Juuru_vallavalitsus, lk 10
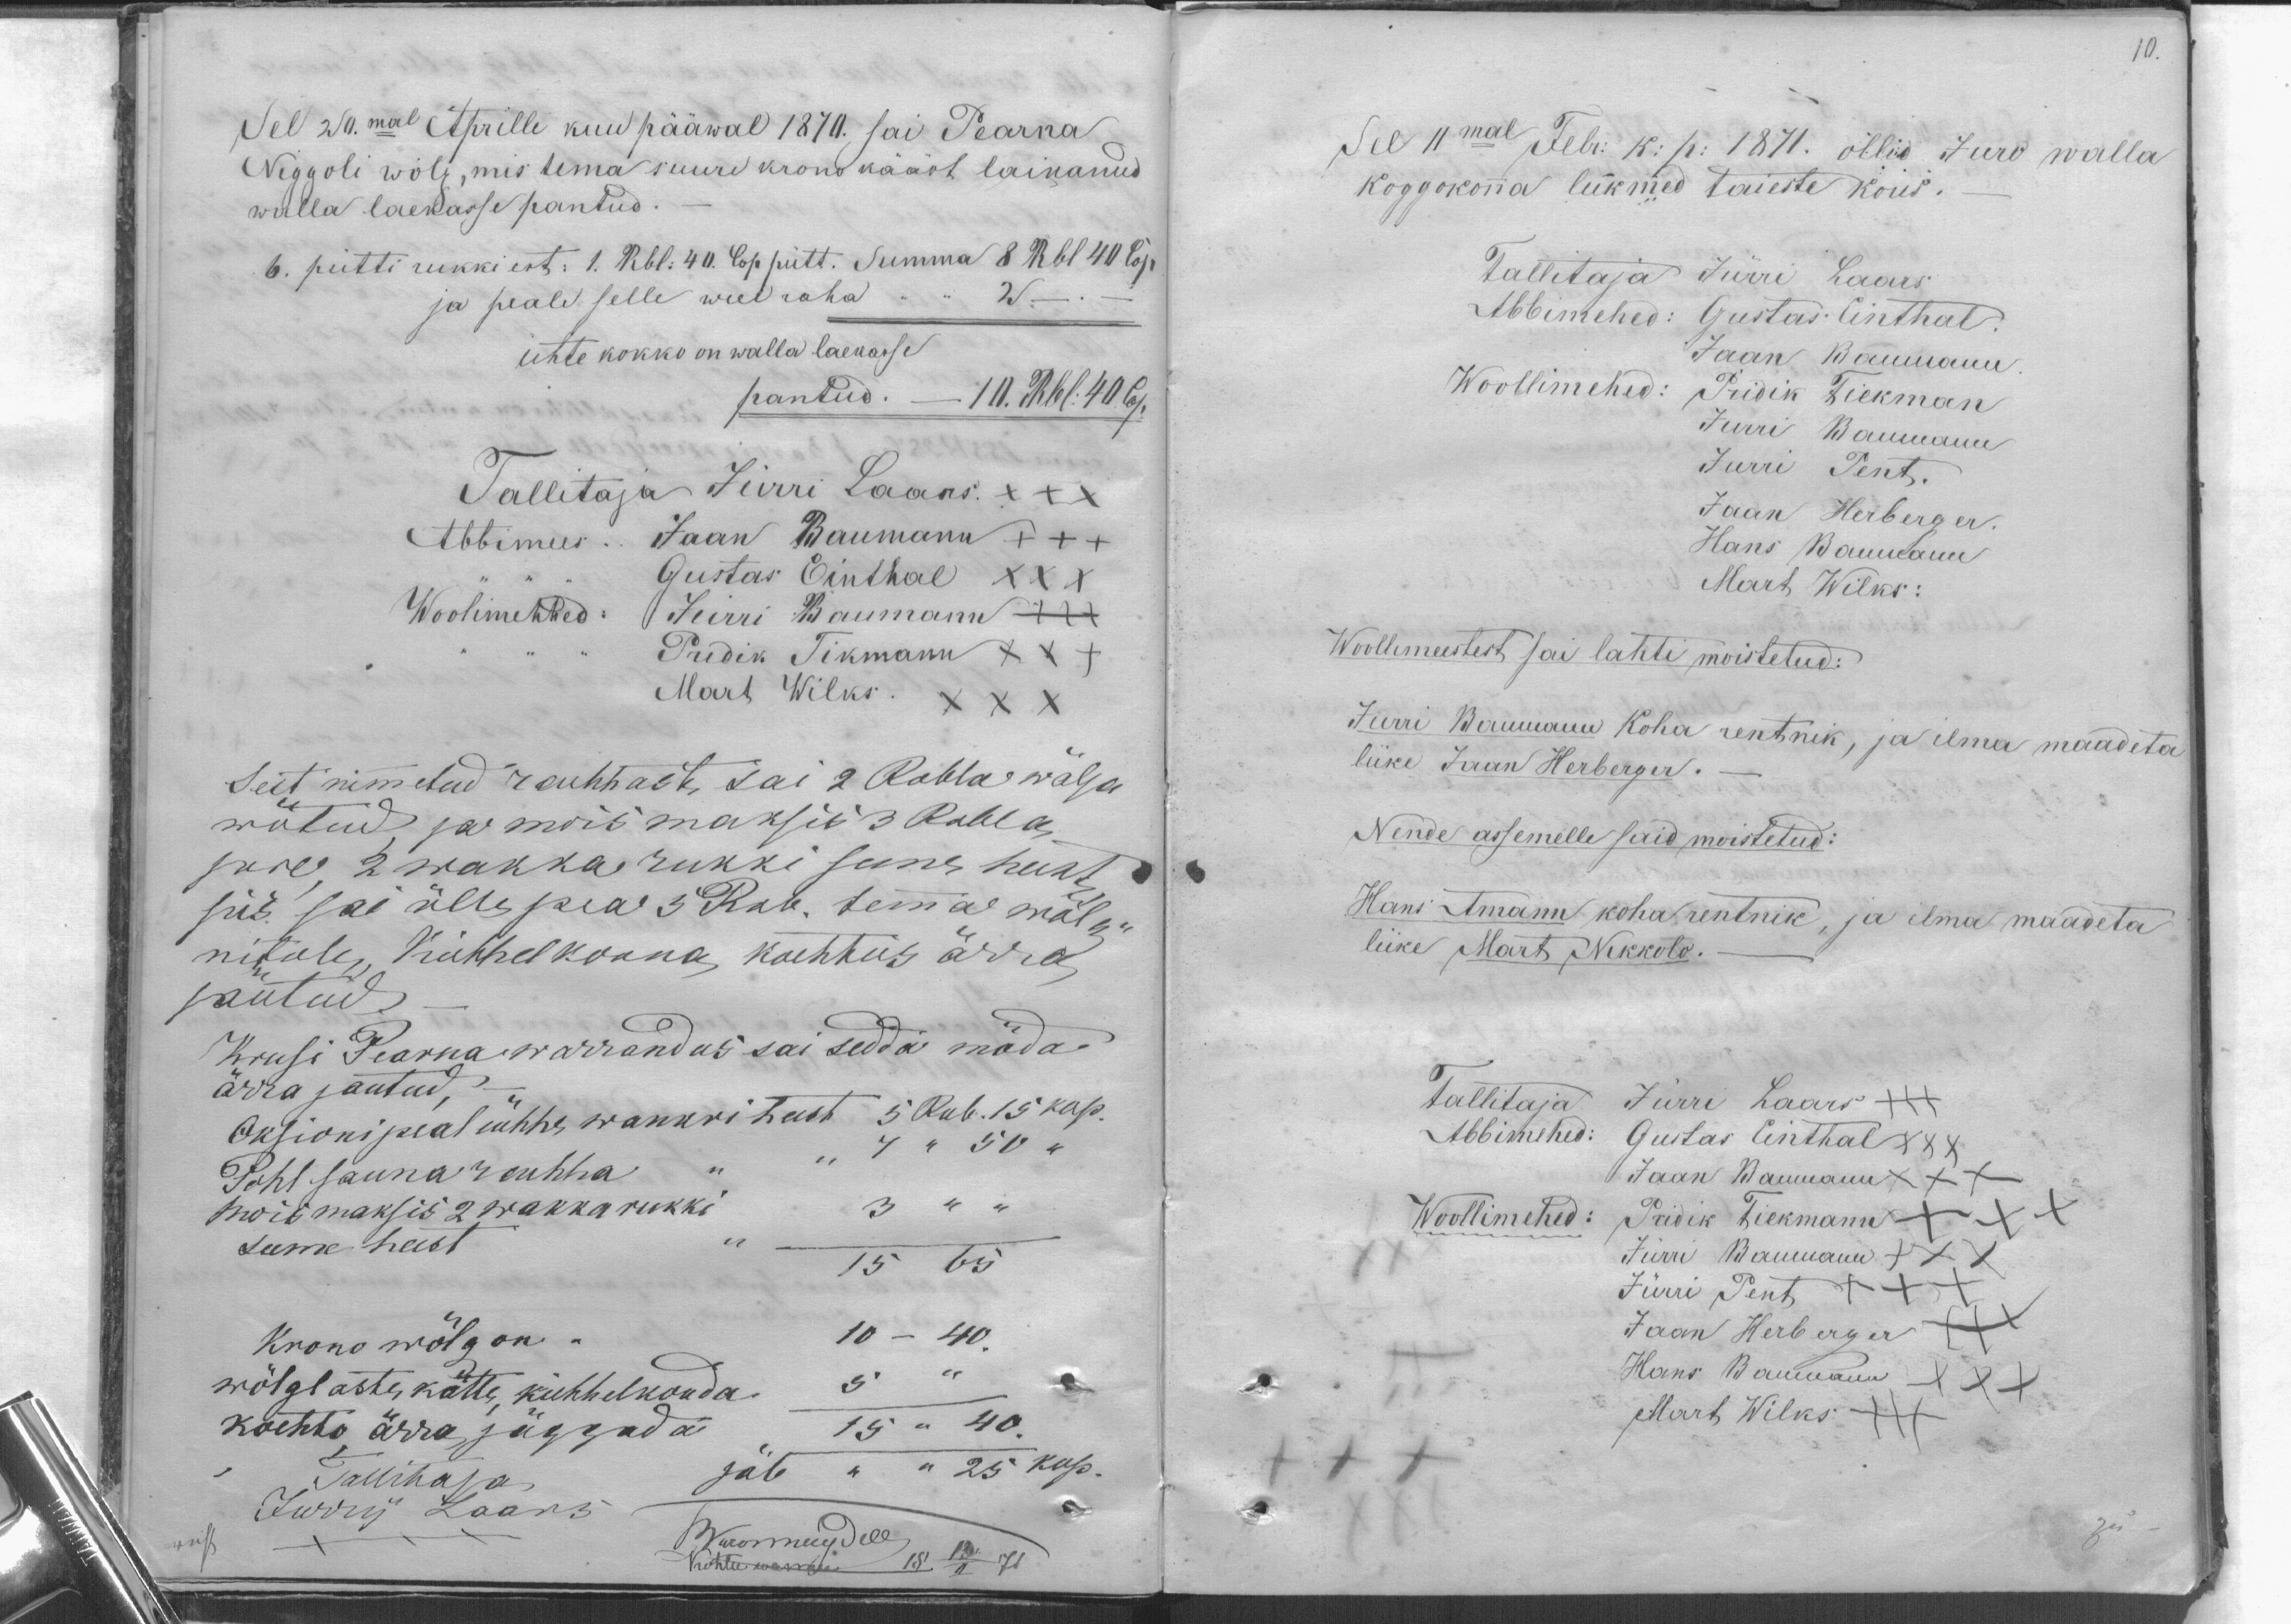
Sel 20.mal Aprilli kuu pääwal 1870, sai Pearna
Niggoli wõlg, mis tema suure krono kääst lainanud
walla laekasse pantud.-
6. pütti rukki est: 1. Rbl. 40. Cop pütt. Summa 8 Rbl 40 Cop.
ja peale selle weel raha. " " W - . -
ühte kokko on walla laekasse
pantud. - 10. Rbl: 40 Cop.
Tallitaja Jürri Laars XXX
Abbimees. Jaan Baumann +++
Gustas Einthal XXX
Woolimehhed: Jürri Baunann XXX
Pridik Tikmann X X X
Mart Wilks. X X X
Sest nimetud rahhast, sai 2 Rubla wälja
wõtud ja mois maksis 3 Rubla
jure, 2 wakka rukki seme heest
siis sai ülle pea 3 Rub. temma wõlg-
nikule, Kihhelkonna kohtus ärra
jäutud.-
Krusi Pearna warrandus sai seda möda
ärra jäutud.-
Oksioni peal ühhe wankri heest 5 Rub. 15 kop.
Pohl sauna rahha
"7" 50 "
Mois maksis 2 wakka rukki
" 3 " "
seeme heest
15 65
Krono wõlg on -
10 - 40.
wõlglaste kätte, kiehhelkonda
5"
kohto ärra jäggada
"15" 40.
jäb " " 25 kop.
Tallitaja
Jürri Laars
urist
Bnormugdile
Kohtu wanem 18 10/I 71

10.
Sel 11mal Febr. k: p: 1871. ollis Juro walla
koggokonna liikmed täieste kous.-
Tallitaja Jürri Laars
Abbimehed: Gustas Einthal.
Jaan Baumann
Woollimehed: Pridik Tiekman
Jurri Baumann
Jurri Pent.
Jaan Herberger.
Hans Baumann
Mart Wilks:
Woollimeestest sai lahti moistetud:
Juri Wanmann koha rentnik, ja ilma maadeta
liike Jaan Herberger.-
Nende assemelle said moistetud:
Hans Amann koha rentnik, ja ilma maadeta
liike Mart Nikkolo.
Tallitaja Jürri Laars XXX
Abbimehed: Gustas Einthal XXX
Jaan Baumann XXX
Woollimehed: Priidik Tiekmann XXX
Jürri Baumann XXX
Jürri Pent +++
Jaan Herberger XXX
Hans Baumann XXX
Mart Wilks XXX